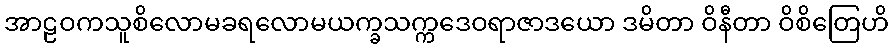
အာဠဝကသူစိလောမခရလောမယက္ခသက္ကဒေဝရာဇာဒယော ဒမိတာ ဝိနီတာ ဝိစိတြေဟိ